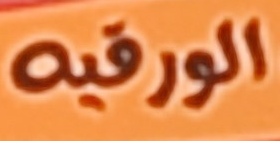
الورقيه